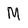
Character: M